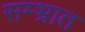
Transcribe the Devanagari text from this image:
सम्भ्रात